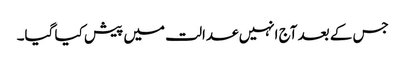
جس کے بعد آج انہیں عدالت میں پیش کیا گیا۔